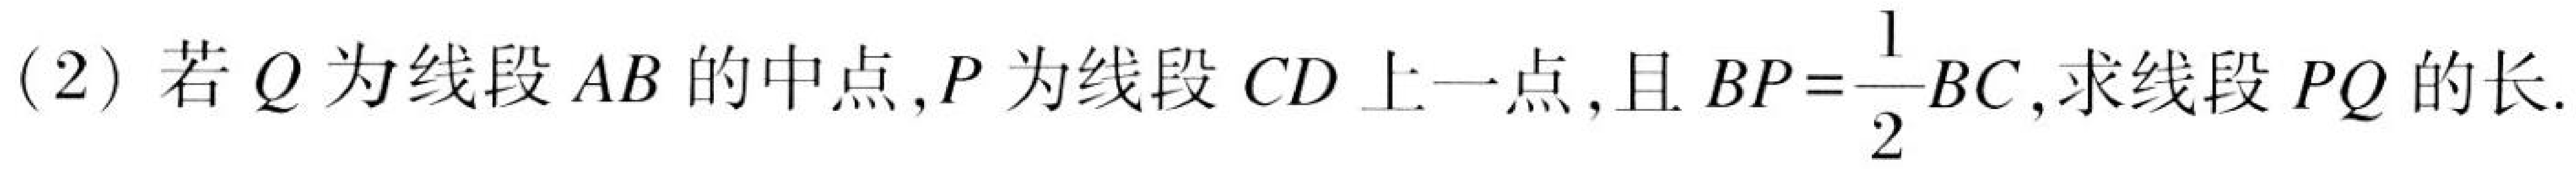
(2) 若\(Q\)为线段\(AB\)的中点,\(P\)为线段\(CD\)上一点,且\(BP = \dfrac{1}{2}BC\),求线段\(PQ\)的长.